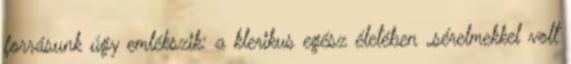
forrásunk úgy emlékszik: a klerikus egész életében „sérelmekkel volt